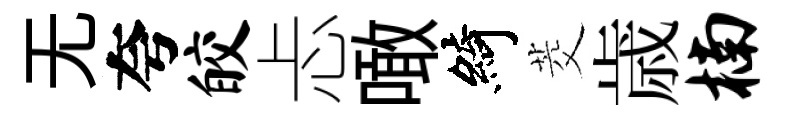
无夸皎忐噉綺茭歳楠